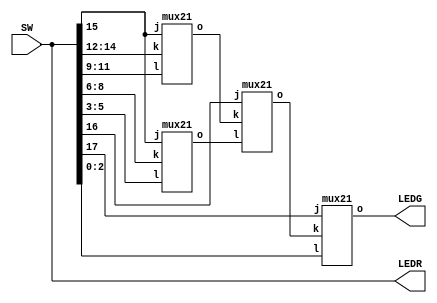
module part3(LEDR,LEDG,SW);
input [17:0]SW;
output [17:0]LEDR;
output [2:0]LEDG;
wire [2:0]S,U,V,W,X,Y,M0,M1,M2,M3;
assign S[2:0]=SW[17:15];
assign U[2:0]=SW[14:12];
assign V[2:0]=SW[11:9];
assign W[2:0]=SW[8:6];
assign X[2:0]=SW[5:3];
assign Y[2:0]=SW[2:0];
assign LEDR=SW;
assign LEDG=M3;
mux21 m1(S[0],U,V,M0);
mux21 m2(S[0],W,X,M1);
mux21 m3(S[1],M0,M1,M2);
mux21 m4(S[2],M2,Y,M3);
endmodule 

module mux21(j,k,l,o);
input[2:0] k;
input[2:0] l;
input j;
output [2:0]o;
assign o[0]=(~j&k[0])|(j&l[0]);
assign o[1]=(~j&k[1])|(j&l[1]);
assign o[2]=(~j&k[2])|(j&l[2]);
endmodule